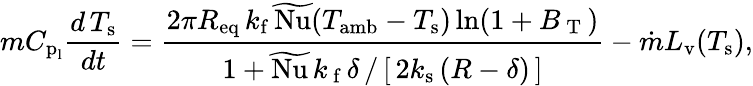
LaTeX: mC_{\textup{p}_{\textup{l}}}\frac{d\, T_{\textup{s}}}{dt}=\frac{2\pi R_{\mathrm{eq}}\, k_{\mathrm{f}}\, \widetilde{\textup{Nu}}(T_{\textup{amb}}-T_{\textup{s}})\ln(1+B_{\mathrm{~T~}})}{{1+\widetilde{\textup{Nu}}\, k_{\mathrm{\, f}}\, \delta\, /\, [\, 2k_{\mathrm{s}}\, (R-\delta)\, ]}}-\dot{m}L_{\textup{v}}(T_{\textup{s}}),